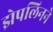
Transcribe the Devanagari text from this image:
झेपलिनने